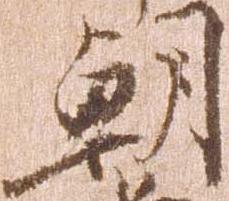
朝